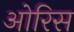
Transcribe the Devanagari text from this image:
ओरिस